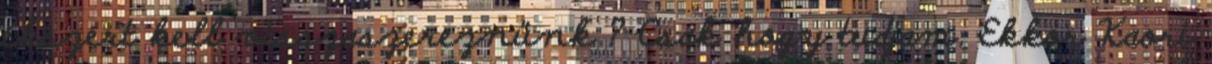
ékszert kell visszaszereznünk ? Csak hogy tudjam. Ekkor Kaori